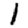
Digit: 1